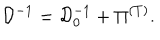
LaTeX: { \cal D } ^ { - 1 } = { \cal D } _ { 0 } ^ { - 1 } + \Pi ^ { \left( T \right) } .